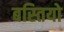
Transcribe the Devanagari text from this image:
बस्‍तियो